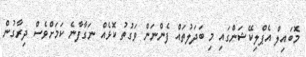
މޮބައިލް އެޕްލިކޭޝަންގައި މި ބަދަލުތައް ފެންނަން ވަގުތު ކޮޅެއް ނަގާފާނެ ކަމަށްވެސް ދިރާގުން